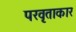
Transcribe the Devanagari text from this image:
परवृताकार